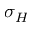
\sigma _ { H }